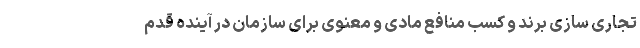
تجاری سازی برند و کسب منافع مادی و معنوی برای سازمان در آینده قدم